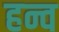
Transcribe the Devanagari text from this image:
हन्व